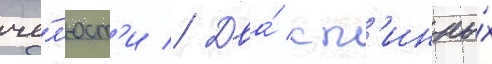
че́л'юст'и // Два́ сп'инны́х